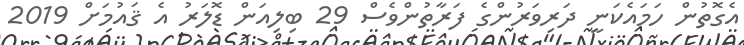
އެގޮތުން ހަމައެކަނީ ދަރިވަރުންގެ ފަރާތުންވެސް 29 ބިލިއަން ޑޮލަރު އެ ޤައުމަށް 2019